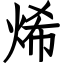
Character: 烯